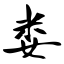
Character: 娄